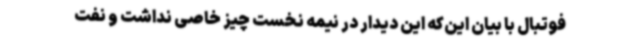
فوتبال با بیان این‌که این دیدار در نیمه نخست چیز خاصی نداشت و نفت